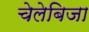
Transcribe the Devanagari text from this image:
चेलेबिजा